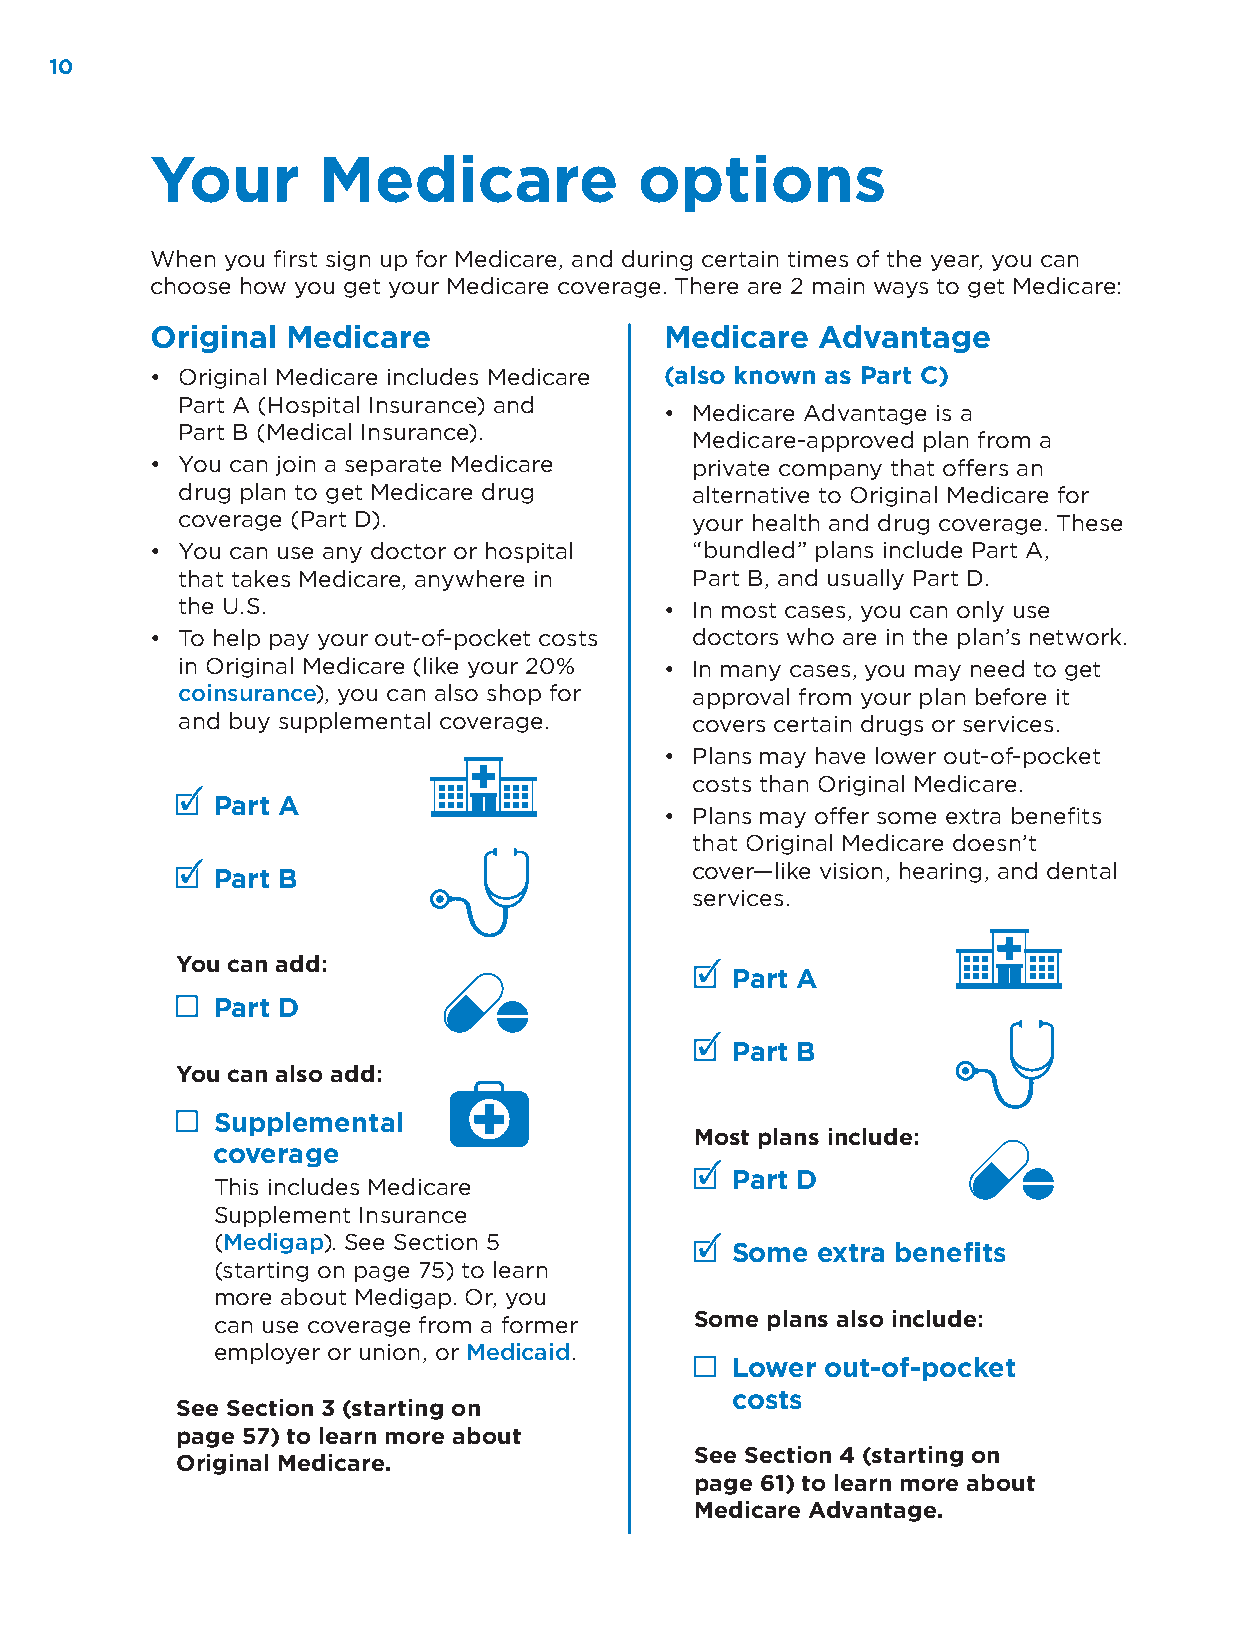
10
 Your       Medicare             options
 When you first sign up for Medicare, and during certain times of the year, you can
 choose how you get your Medicare coverage. There are 2 main ways to get Medicare:
 Original Medicare                 Medicare  Advantage
 • Original Medicare includes Medicare (also known as Part C)
 Part A (Hospital Insurance) and
 • Medicare Advantage is a
 Part B (Medical Insurance).
 Medicare-approved plan from a
 • You can join a separate Medicare  private company that offers an
 drug plan to get Medicare drug    alternative to Original Medicare for
 coverage (Part D).                your health and drug coverage. These
 • You can use any doctor or hospital “bundled” plans include Part A,
 that takes Medicare, anywhere in  Part B, and usually Part D.
 the U.S.                        • In most cases, you can only use
 • To help pay your out-of-pocket costs doctors who are in the plan’s network.
 in Original Medicare (like your 20% • In many cases, you may need to get
 coinsurance), you can also shop for approval from your plan before it
 and buy supplemental coverage.    covers certain drugs or services.
 • Plans may have lower out-of-pocket
 costs than Original Medicare.
 Part A
 • Plans may offer some extra benefits
 that Original Medicare doesn’t
 cover—like vision, hearing, and dental
 Part B
 services.
 You can add:
 Part A
 Part D
 Part B
 You can also add:
 Supplemental
 Most plans include:
 coverage
 This includes Medicare
 Part D
 Supplement Insurance
 (Medigap). See Section 5
 Some  extra benefits
 (starting on page 75) to learn
 more about Medigap. Or, you
 can use coverage from a former  Some plans also include:
 employer or union, or Medicaid.
 Lower  out-of-pocket
 costs
 See Section 3 (starting on
 page 57) to learn more about
 See Section 4 (starting on
 Original Medicare.
 page 61) to learn more about
 Medicare Advantage.